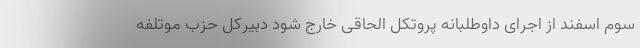
سوم اسفند از اجرای داوطلبانه پروتکل الحاقی خارج شود دبیرکل حزب موتلفه